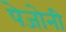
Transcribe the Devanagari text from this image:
पेजोनी